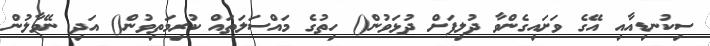
ސިކުނޑިއާއި އޭގެ ވަށައިގެންވާ ދުލިފަށް ދުޅަވުން() ހިތުގެ މައްސަލަތައް ކުރިމަތިވުން() އަދި ނޭވާލުން